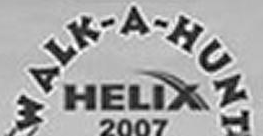
WALK-A-HUNT